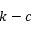
k - c